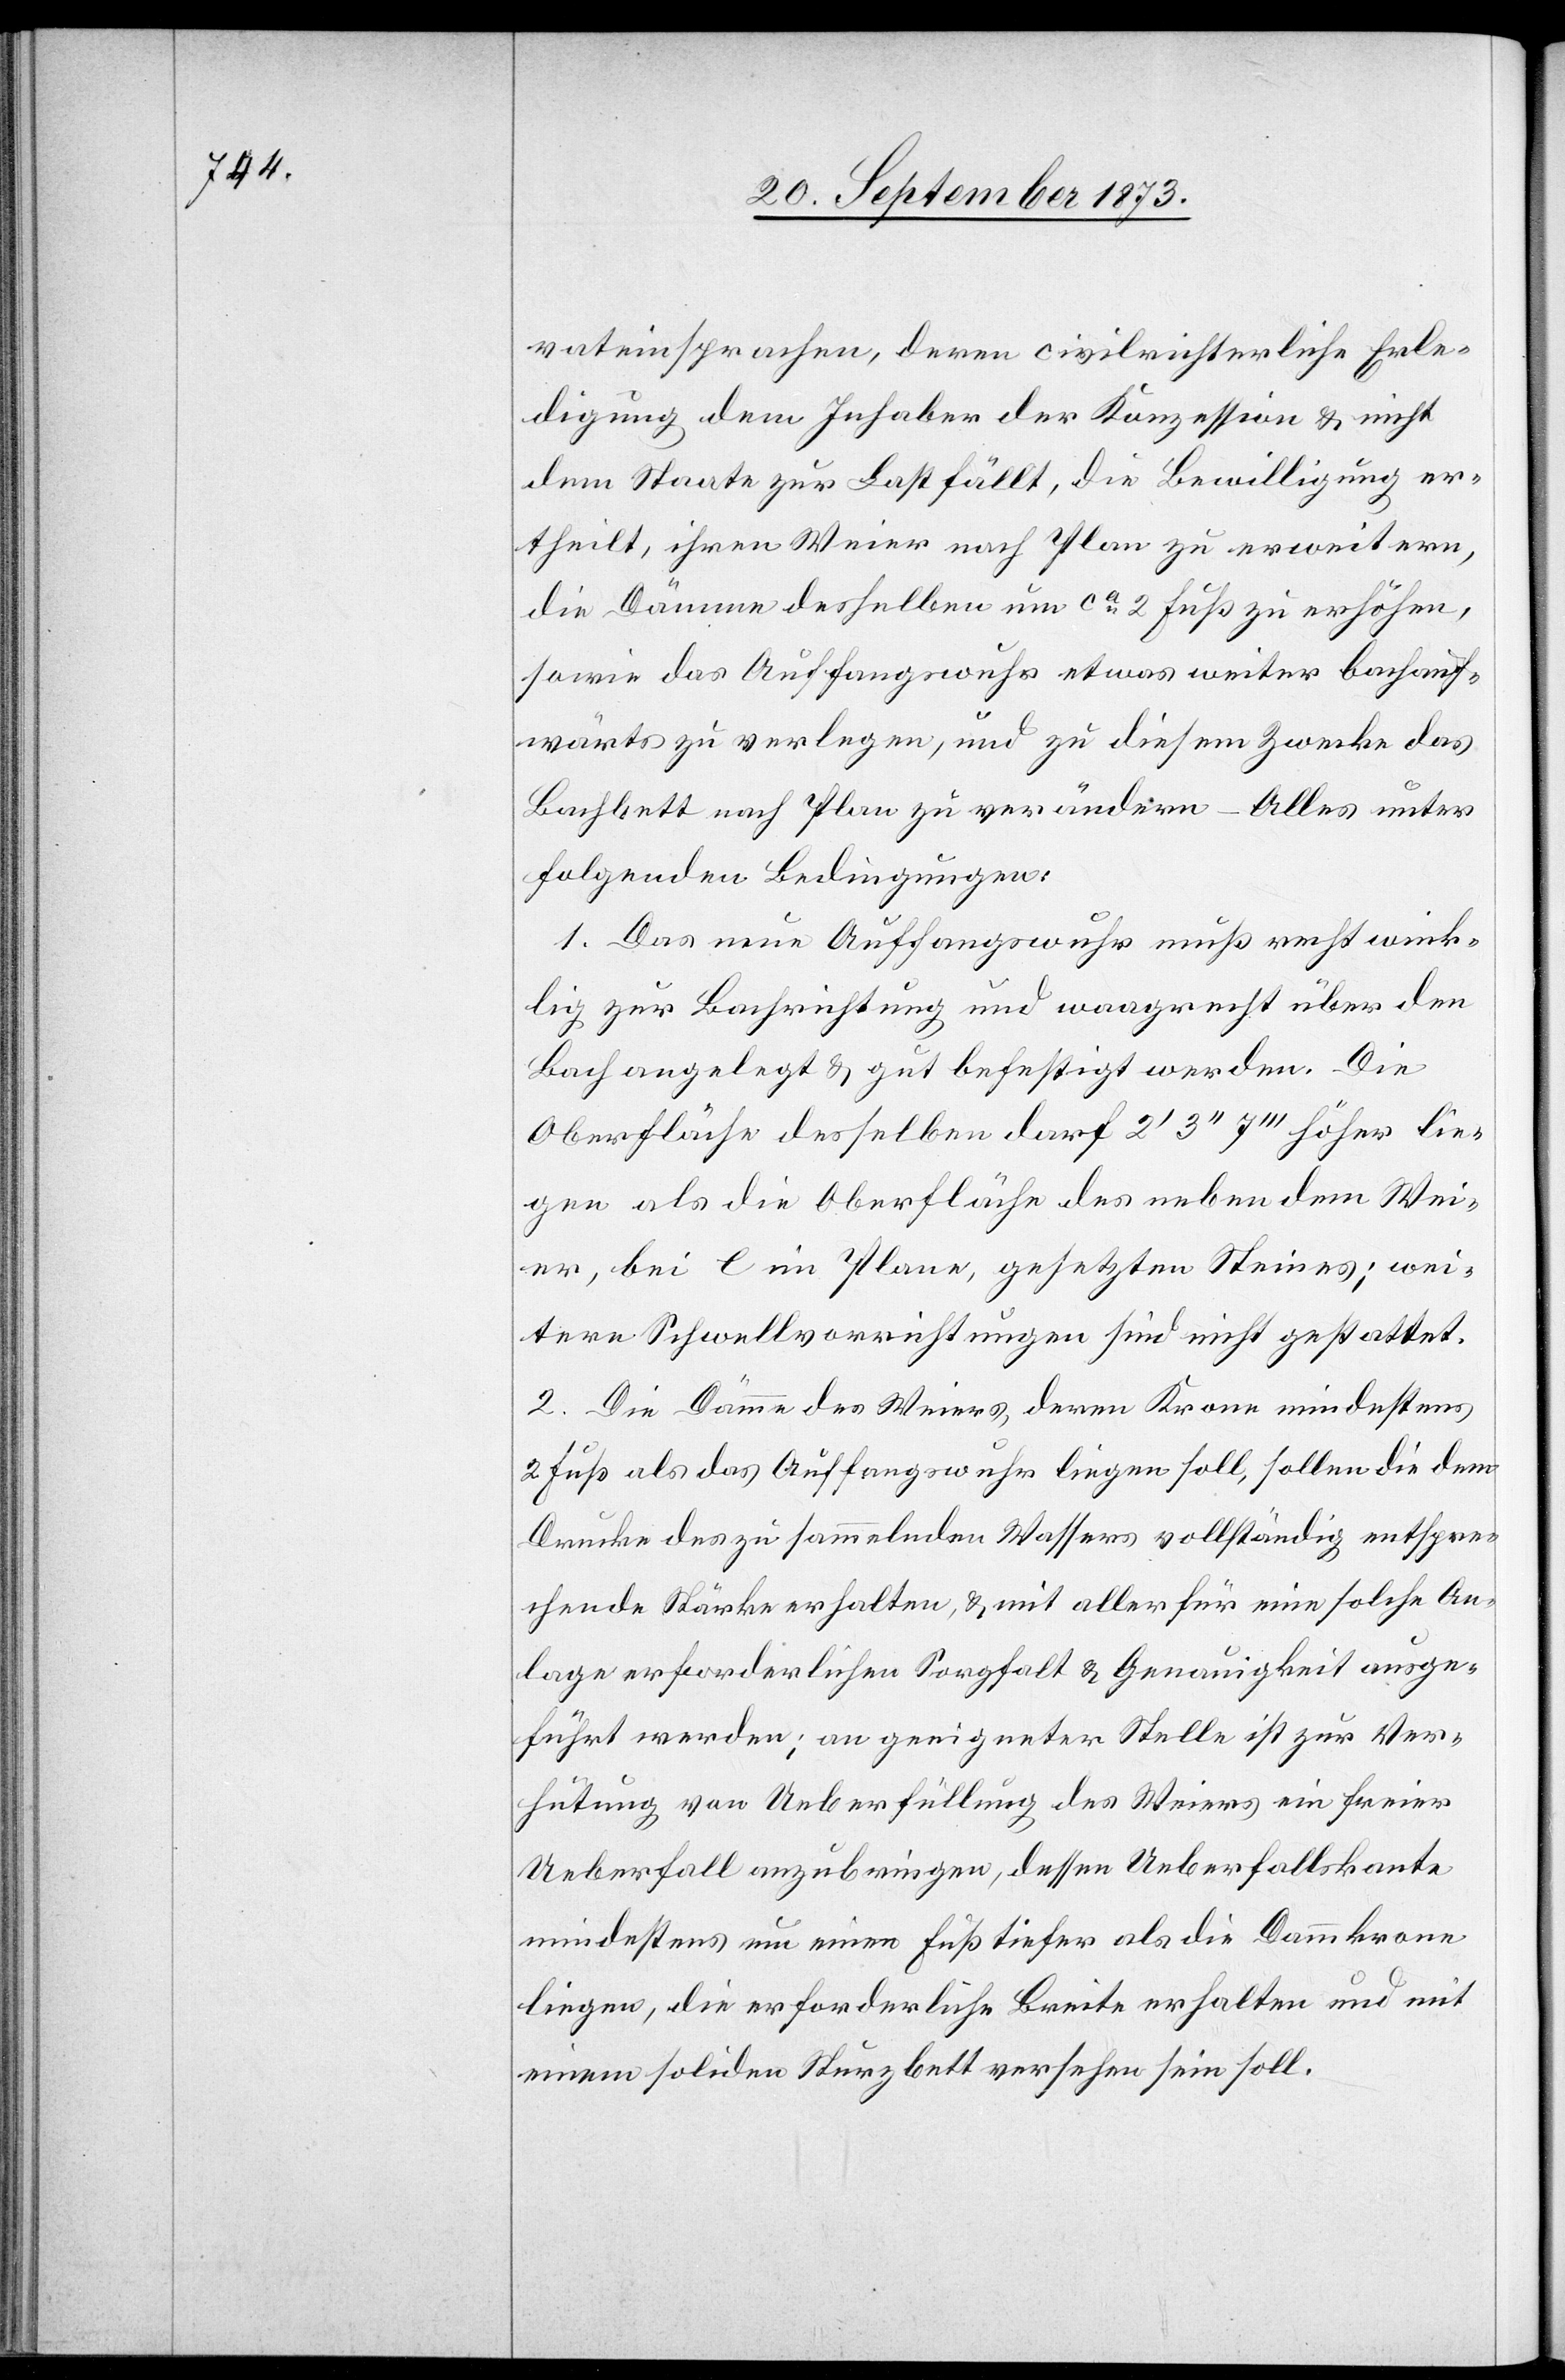
vateinsprachen, deren civilrichterliche Erle¬
digung dem Inhaber der Konzession & nicht
dem Staate zur Last fällt, die Bewilligung er¬
theilt, ihren Weier nach Plan zu erweitern,
die Dämme desselben um ca 2 Fuß zu erhöhen,
sowie das Auffangswuhr etwas weiter bachauf¬
wärts zu verlegen, und zu diesem Zwecke das
Bachbett nach Plan zu verändern – Alles unter
folgenden Bedingungen:
1. Das neue Auffangswuhr muß rechtwink¬
lig zur Bachrichtung und waagrecht über den
Bach angelegt & gut befestigt werden. Die
Oberfläche desselben darf 2‘ 3‘‘ 7‘‘‘ höher lie¬
gen als die Oberfläche des neben dem Wei¬
er, bei e im Plane, gesetzten Steines; wei¬
tere Schwellvorrichtungen sind nicht gestattet.
2. Die Dämme des Weiers, deren Krone mindestens
2 Fuß als das Auffangswuhr liegen soll [sic!], sollen die dem
Drucke des zu sammelnden Wassers vollständig entspre¬
chende Stärke erhalten, & mit aller für eine solche An¬
lage erforderlichen Sorgfalt & Genauigkeit ausge¬
führt werden; an geeigneter Stelle ist zur Ver¬
hütung von Ueberfüllung des Weiers ein freier
Ueberfall anzubringen, dessen Ueberfallskante
mindestens um einen Fuß tiefer als die Dammkrone
liegen, die erforderliche Breite erhalten und mit
einem soliden Sturzbett versehen sein soll.